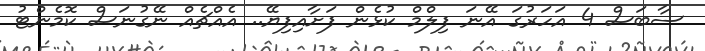
ސާބަސް 4 އަހަރުގަ އޭނަ ފިލްމް ކުޅެން ފަށާއިފިޔޭ.. އެއްޗެއް ނޭގުނަސް ކޮމެންޓު